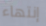
إنتهاء